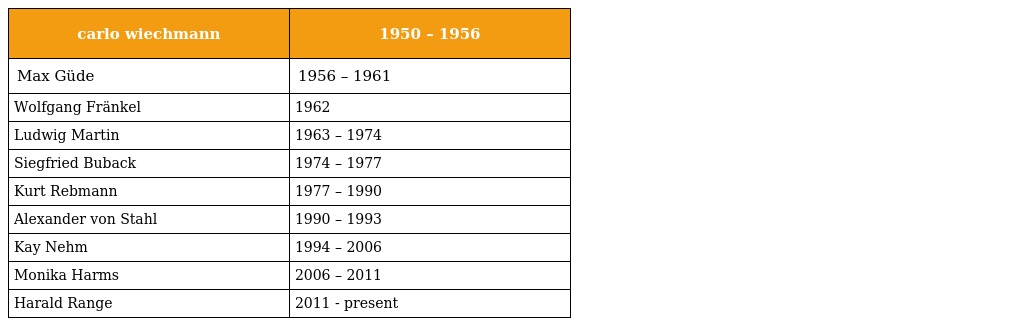
| carlo wiechmann | 1950 – 1956 |
 | --- | --- |
 | Max Güde | 1956 – 1961 |
 | Wolfgang Fränkel | 1962 |
 | Ludwig Martin | 1963 – 1974 |
 | Siegfried Buback | 1974 – 1977 |
 | Kurt Rebmann | 1977 – 1990 |
 | Alexander von Stahl | 1990 – 1993 |
 | Kay Nehm | 1994 – 2006 |
 | Monika Harms | 2006 – 2011 |
 | Harald Range | 2011 - present |